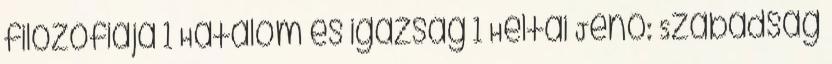
filozófiája 1 Hatalom és igazság 1 Heltai Jenő: Szabadság